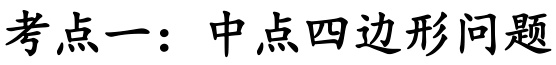
考点一：中点四边形问题